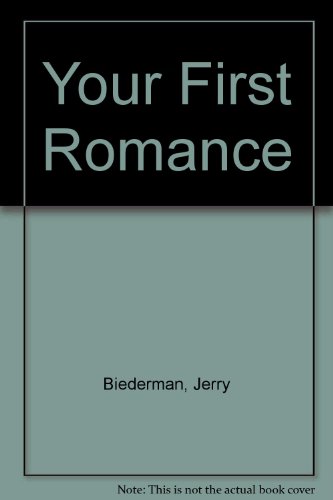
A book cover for Your First Romance; Jerry Biederman; Romance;